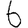
Digit: 6